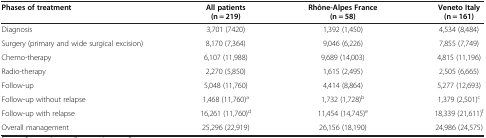
| Phases of treatment | All patients (n = 219) | Rhône-Alpes France (n = 58) | Veneto Italy (n = 161) |
 | --- | --- | --- | --- |
 | Diagnosis | 3,701 (7420) | 1,392 (1,450) | 4,534 (8,484) |
 | Surgery (primary and wide surgical excision) | 8,170 (7,364) | 9,046 (6,226) | 7,855 (7,749) |
 | Chemo-therapy | 6,107 (11,988) | 9,689 (14,003) | 4,815 (11,196) |
 | Radio-therapy | 2,270 (5,850) | 1,615 (2,495) | 2,505 (6,665) |
 | Follow-up | 5,048 (11,760) | 4,414 (8,864) | 5,277 (12,693) |
 | Follow-up without relapse | 1,468 (11,760)a | 1,732 (1,728)b | 1,379 (2,501)c |
 | Follow-up with relapse | 16,261 (11,760)d | 11,454 (14,745)e | 18,339 (21,611)f |
 | Overall management | 25,296 (22,919) | 26,156 (18,190) | 24,986 (24,575) |